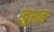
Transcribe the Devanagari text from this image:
खुशल